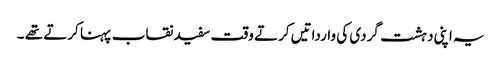
یہ اپنی دہشت گردی کی وارداتیں کرتے وقت سفید نقاب پہنا کرتے تھے ۔